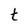
Character: t